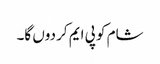
شام کو پی ایم کر دوں گا۔